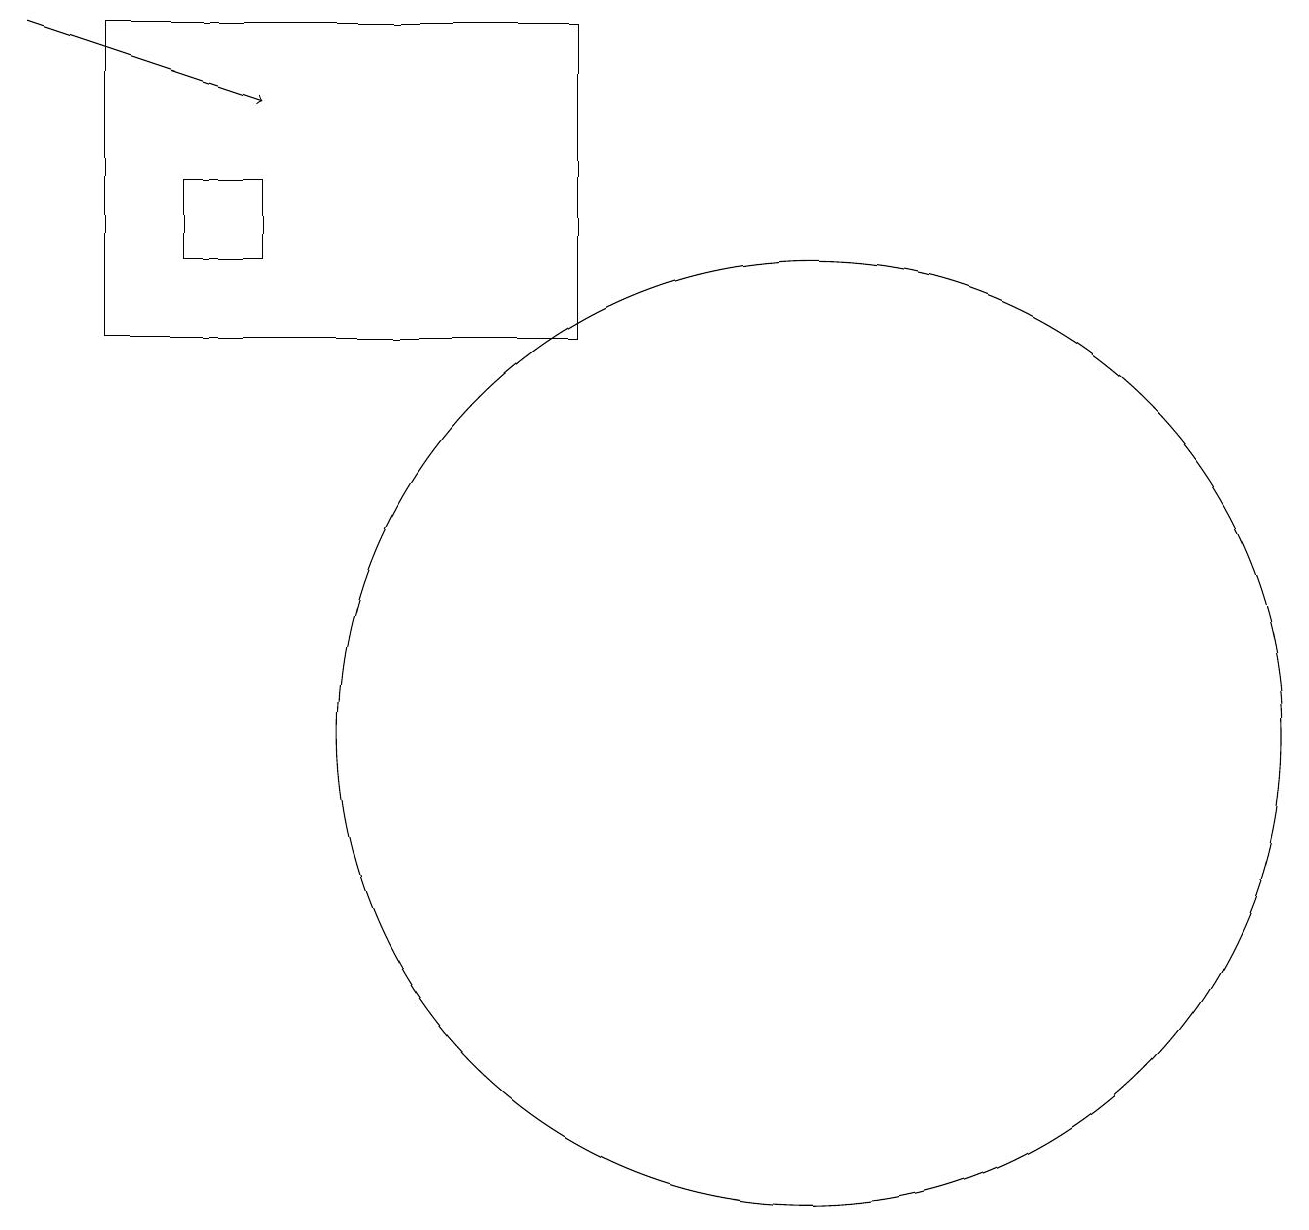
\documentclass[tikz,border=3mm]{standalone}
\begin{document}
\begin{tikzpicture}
\draw (1,15) rectangle (7,19);
\draw (10,10) circle (6);
\draw[->] (0,19) -- (3,18);
\draw (2,16) rectangle (3,17);
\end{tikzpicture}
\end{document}